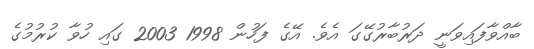
ބާއްވާފައިވަނީ ދަރުބާރުގޭގަ އެވެ. އޭގެ ފަހުން 1998 2003 ގައި ހުވާ ކުރުމުގެ